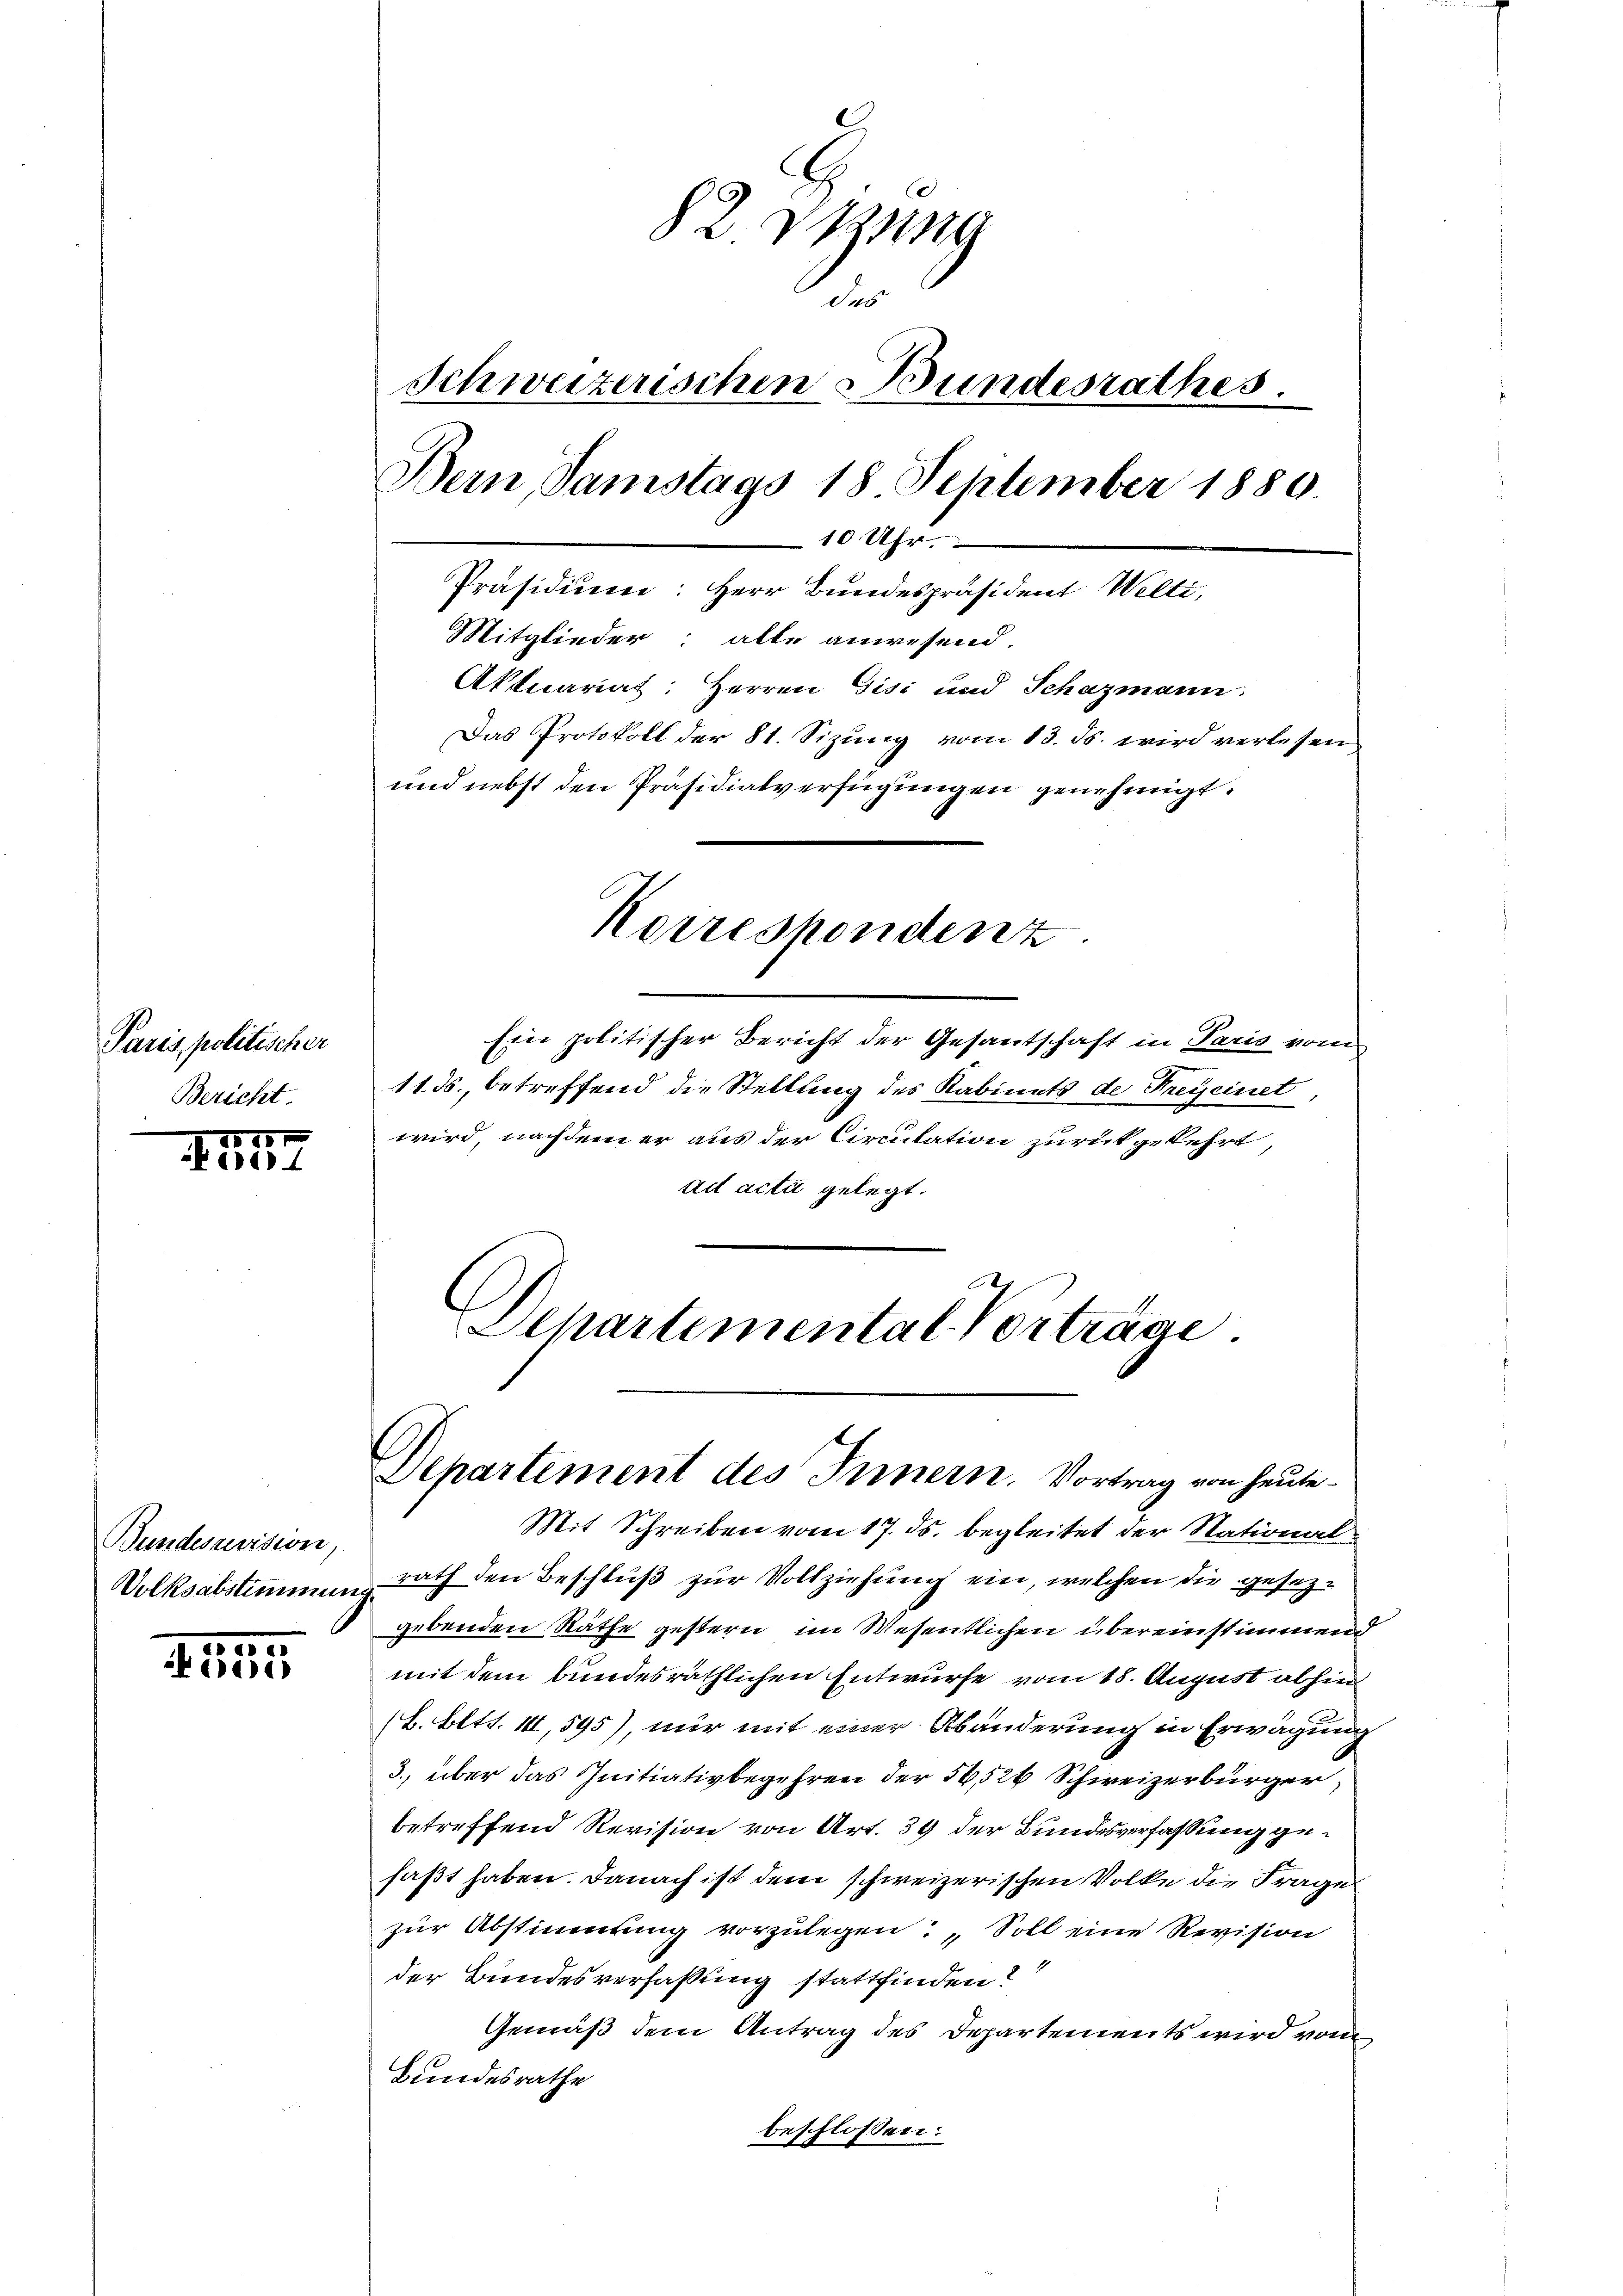
Paris politischer
Bericht.

115
Fe

Bundesaussion,
Volksabstimmung

1
ise

82. Dezung
das
Schweizerischen Bundesrathes.
Bern, Samstags 18 September 1880.
10 Uhr.
Präsidium: Herr Bundespräsident Welti,
Mitglieder: alle anwesend.
Aktuariat: Herren Gisi und Schazmann:
Das Protokoll der 81. Sizung vom 13. ds. wird verlesen
und nebst den Präsidialverfügungen genehmigt.
Korrespondenz

Ein politischer Bericht der Gesantschaft in Paris vom
11. ds., betreffend die Stellung des Kabinets de Freyeinet
wird, nachdem er aus der Circulation zurückgekehrt,
ad acti gelegt.
Departemental Vortrage

Separtement des Innern. Vortrag von heute¬

Mit Schreiben vom 17. ds. begleitet der Nationalrath den Beschluß zur Vollziehung ein, welchen die gesezgebenden Räthe gestern im Wesentlichen übereinstimmend
mit dem bundesräthlichen Entwurfe vom 18. August abhin
(L. Bett. III, 595), nur mit einer Abänderung in Erwägung
3. über das Initiativbegehren der 56,526 Schweizerbürger,
betreffend Revision von Art. 39 der Bundesverfassung gefaßt haben. Danach ist dem schweizerischen Volke die Frage
zur Abstimmung vorzulegen: „Soll eine Revision
der Bundesverfaßung stattfinden?
Gemäß dem Antrag des Departements wird vom
Bundesrathe
beschlossen: